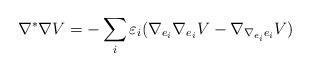
LaTeX: \begin{align*}\nabla ^{\ast }\nabla V=-\sum_{i}\varepsilon _{i}(\nabla _{e_{i}}\nabla_{e_{i}}V-\nabla _{\nabla _{e_{i}}e_{i}}V) \end{align*}